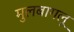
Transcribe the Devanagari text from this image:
मुलबागलू